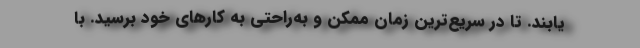
یابند. تا در سریع‌ترین زمان ممکن و به‌راحتی به کارهای خود برسید. با